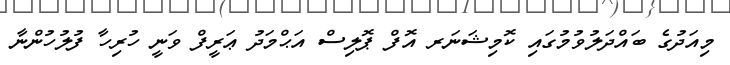
މިއަދުގެ ބައްދަލުވުމުގައި ކޮމިޝަނަރ އޮފް ޕޮލިސް އަޙްމަދު ޢަރީފް ވަނީ ހުރިހާ ފުލުހުންނާ